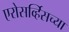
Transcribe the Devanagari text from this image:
एरोसर्व्हिसच्या